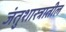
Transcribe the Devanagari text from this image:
जंतुशास्त्रातील